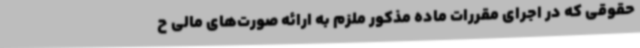
حقوقی که در اجرای مقررات ماده مذکور ملزم به ارائه صورت‌های مالی ح